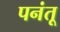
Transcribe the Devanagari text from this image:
पनंतू